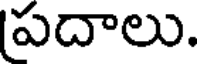
పదాలు.